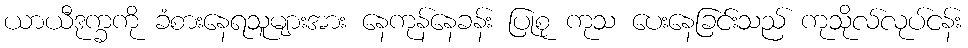
ယာယီဒုက္ခကို ခံစားနေရသူများအား နေကုန်နေခန်း ပြုစု ကုသ ပေးနေခြင်းသည် ကုသိုလ်လုပ်ငန်း